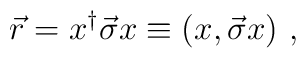
\vec{r} = x^\dagger \vec{\sigma} x \equiv (x, \vec{\sigma} x) ~,